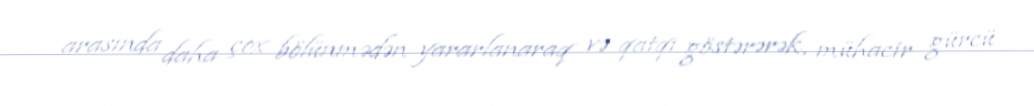
arasında daha çox bölünmədən yararlanaraq və qatqı göstərərək, mühacir gürcü